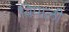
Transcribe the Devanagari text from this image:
विपाली